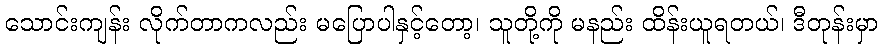
သောင်းကျန်း လိုက်တာကလည်း မပြောပါနှင့်တော့၊ သူတို့ကို မနည်း ထိန်းယူရတယ်၊ ဒီတုန်းမှာ